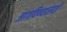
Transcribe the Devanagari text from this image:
जागविण्यासाठी